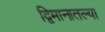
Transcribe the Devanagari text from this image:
द्विमानातल्या